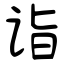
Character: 诣